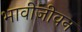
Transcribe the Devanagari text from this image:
भावीजीवन